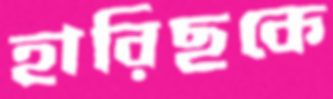
হারিছকে